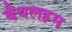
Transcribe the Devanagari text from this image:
बैथलहम